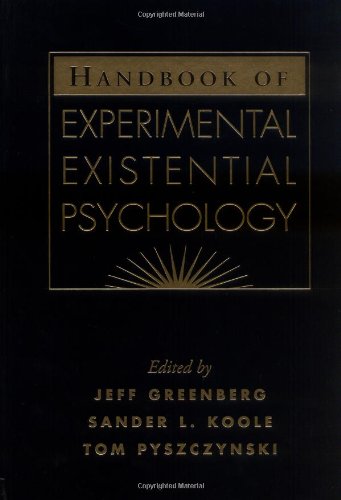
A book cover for Handbook of Experimental Existential Psychology; Medical Books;